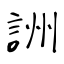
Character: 詶